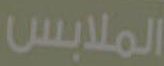
الملابس